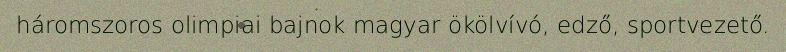
háromszoros olimpiai bajnok magyar ökölvívó, edző, sportvezető.